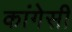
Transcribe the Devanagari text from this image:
कांगेसी